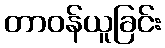
တာဝန်ယူခြင်း